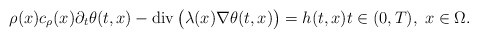
\begin{align*} \rho(x) c_{\rho}(x) \partial_{t} \theta(t, x) - \mathrm{div}\, \big(\lambda(x) \nabla \theta(t, x)\big) = h(t, x) t \in (0, T), \; x \in \Omega. \end{align*}